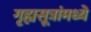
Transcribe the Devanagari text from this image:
गृह्यसूत्रांमध्ये